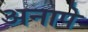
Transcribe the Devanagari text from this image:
अनापे